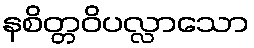
နစိတ္တဝိပလ္လာသော